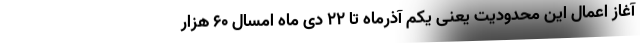
آغاز اعمال این محدودیت یعنی یکم آذرماه تا ۲۲ دی ماه امسال ۶۰ هزار